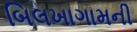
બિલખાગામની